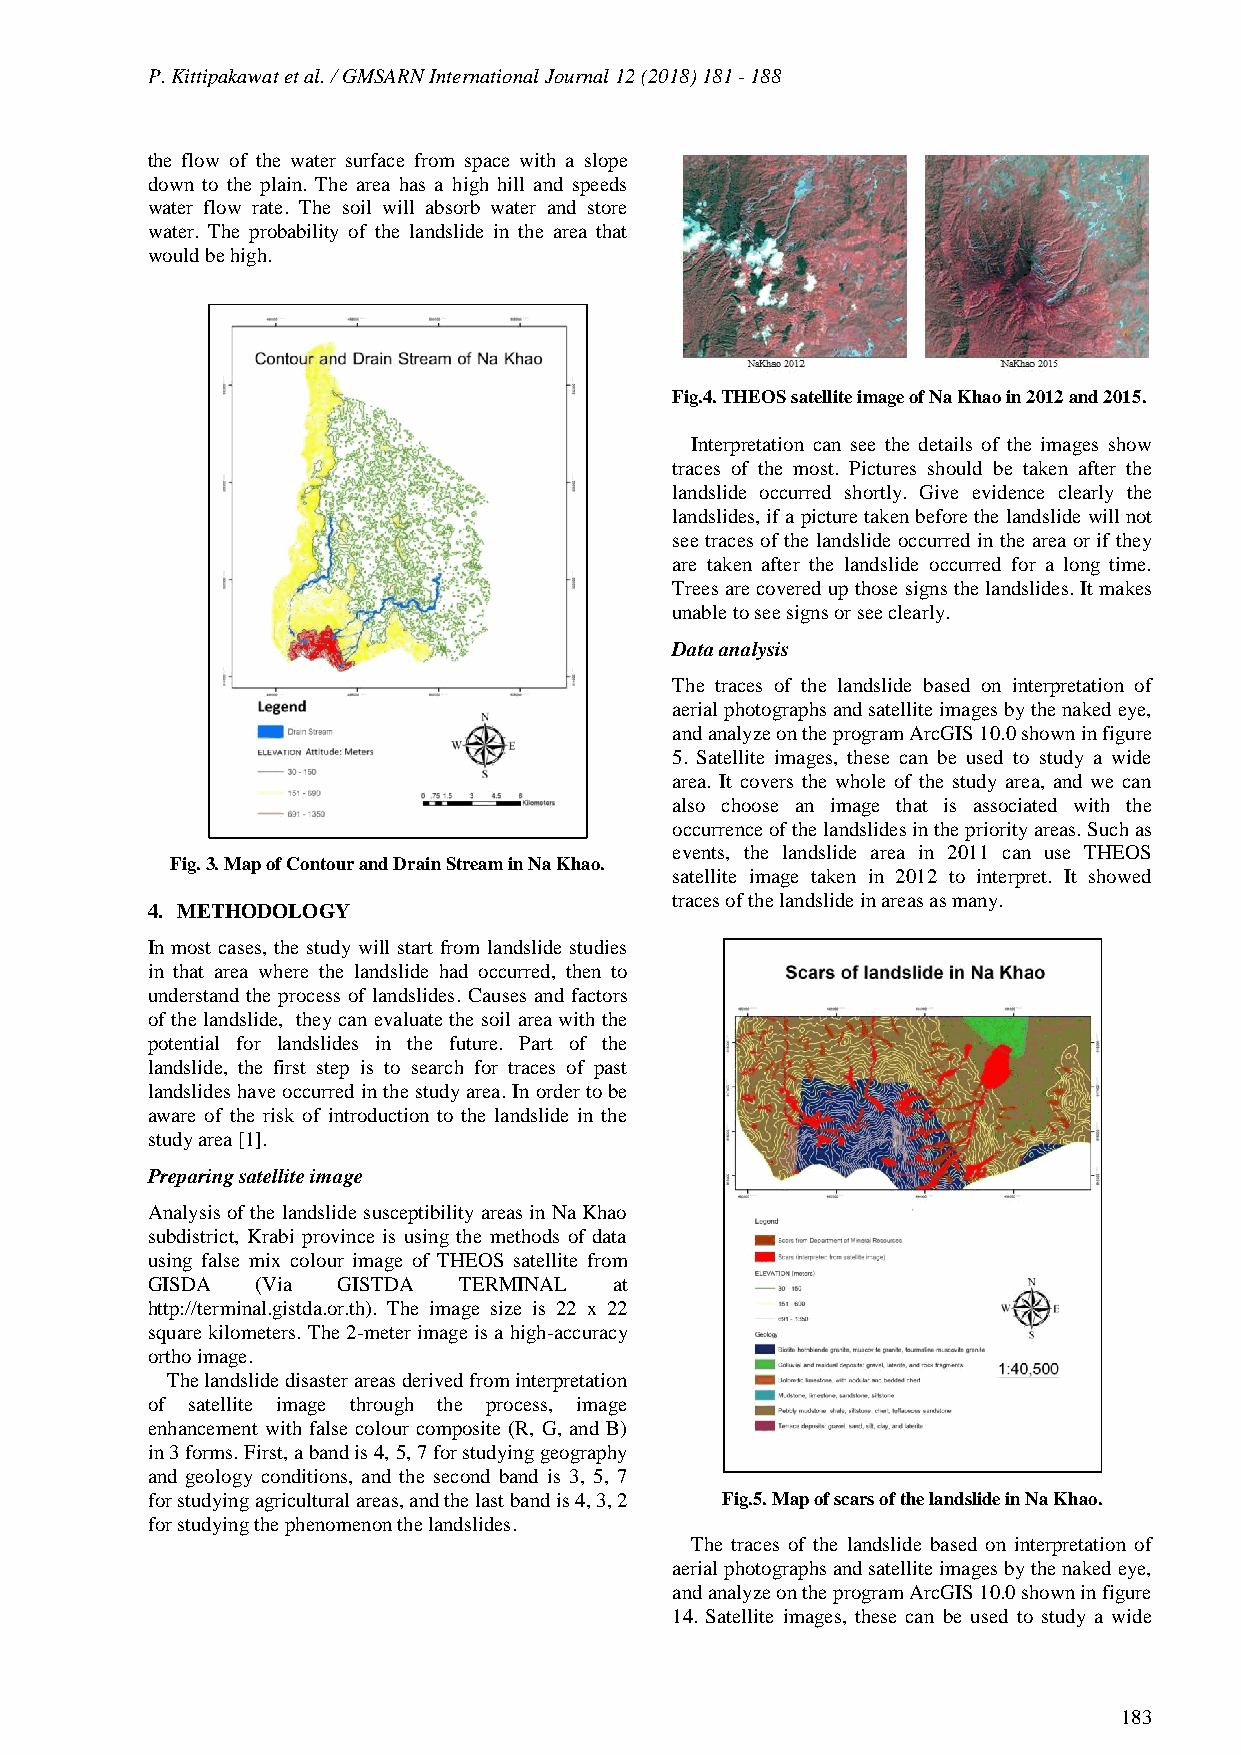
P. Kittipakawat et al. / GMSARN International Journal 12 (2018) 181 - 188
 the flow of the water surface from space with a slope
 down to the plain. The area has a high hill and speeds
 water flow rate. The soil will absorb water and store
 water. The probability of the landslide in the area that
 would be high.
 Fig.4. THEOS satellite image of Na Khao in 2012 and 2015.
 Interpretation can see the details of the images show
 traces of the most. Pictures should be taken after the
 landslide occurred shortly. Give evidence clearly the
 landslides, if a picture taken before the landslide will not
 see traces of the landslide occurred in the area or if they
 are taken after the landslide occurred for a long time.
 Trees are covered up those signs the landslides. It makes
 unable to see signs or see clearly.
 Data analysis
 The traces of the landslide based on interpretation of
 aerial photographs and satellite images by the naked eye,
 and analyze on the program ArcGIS 10.0 shown in figure
 5. Satellite images, these can be used to study a wide
 area. It covers the whole of the study area, and we can
 also choose an image that is associated with the
 occurrence of the landslides in the priority areas. Such as
 events, the landslide area in 2011 can use THEOS
 Fig. 3. Map of Contour and Drain Stream in Na Khao.
 satellite image taken in 2012 to interpret. It showed
 traces of the landslide in areas as many.
 4. METHODOLOGY
 In most cases, the study will start from landslide studies
 in that area where the landslide had occurred, then to
 understand the process of landslides. Causes and factors
 of the landslide, they can evaluate the soil area with the
 potential for landslides in the future. Part of the
 landslide, the first step is to search for traces of past
 landslides have occurred in the study area. In order to be
 aware of the risk of introduction to the landslide in the
 study area [1].
 Preparing satellite image
 Analysis of the landslide susceptibility areas in Na Khao
 subdistrict, Krabi province is using the methods of data
 using false mix colour image of THEOS satellite from
 GISDA  (Via GISTDA  TERMINAL   at
 http://terminal.gistda.or.th). The image size is 22 x 22
 square kilometers. The 2-meter image is a high-accuracy
 ortho image.
 The landslide disaster areas derived from interpretation
 of satellite image through the process, image
 enhancement with false colour composite (R, G, and B)
 in 3 forms. First, a band is 4, 5, 7 for studying geography
 and geology conditions, and the second band is 3, 5, 7
 for studying agricultural areas, and the last band is 4, 3, 2 Fig.5. Map of scars of the landslide in Na Khao.
 for studying the phenomenon the landslides.
 The traces of the landslide based on interpretation of
 aerial photographs and satellite images by the naked eye,
 and analyze on the program ArcGIS 10.0 shown in figure
 14. Satellite images, these can be used to study a wide
 183